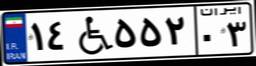
۱۴W۵۵۲۰۳